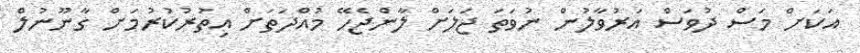
އަކަށް މަސް ދުވަސް އަރުވާލުން ނުވަތަ ޖަލަށް ލާންޖެހޭ މުއްދަތަށް އިތުރުކުރުމަށް ގާނޫނުލް